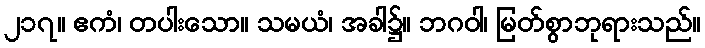
၂၁၇။ ဧကံ၊ တပါးသော။ သမယံ၊ အခါ၌။ ဘဂဝါ၊ မြတ်စွာဘုရားသည်။